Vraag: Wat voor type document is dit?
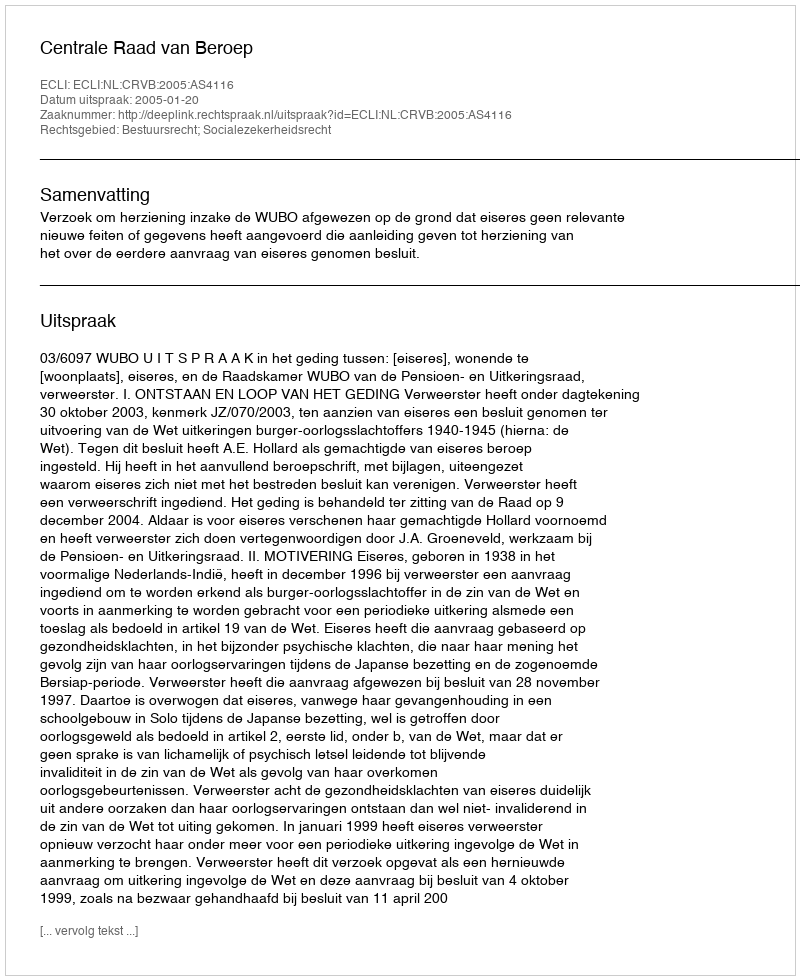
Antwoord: Uitspraak